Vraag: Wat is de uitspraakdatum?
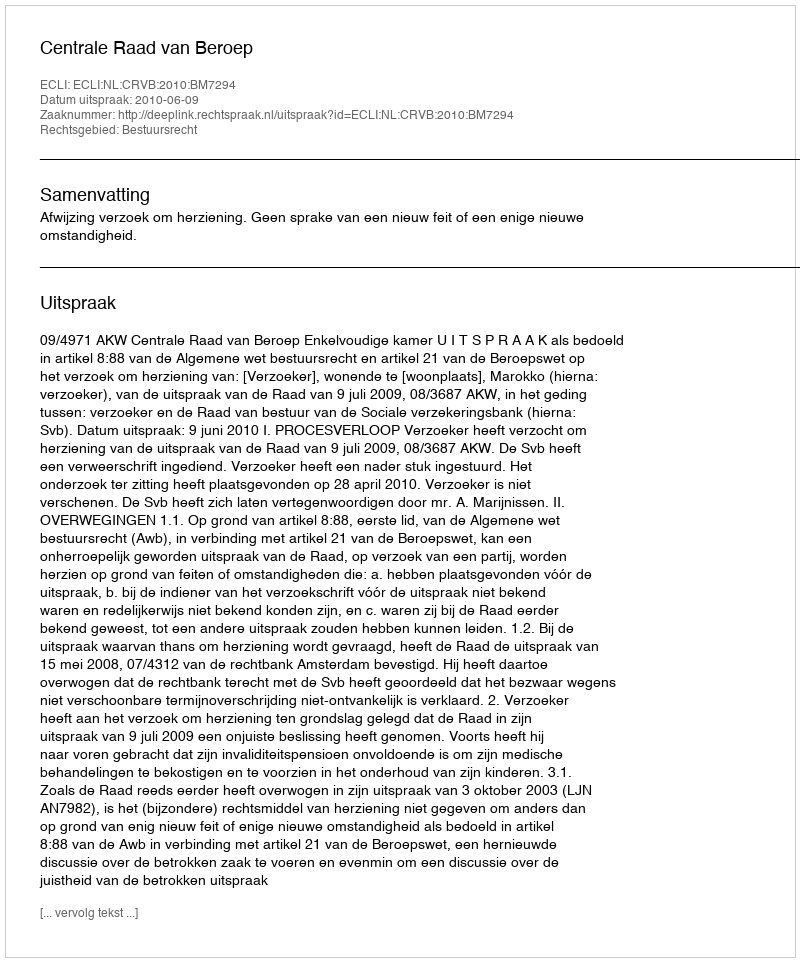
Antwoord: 2010-06-09